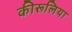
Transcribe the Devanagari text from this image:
कीरूलिया